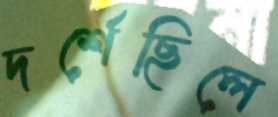
দর্শেছিলে